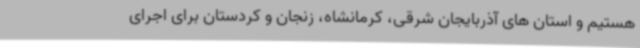
هستیم و استان های آذربایجان شرقی، کرمانشاه، زنجان و کردستان برای اجرای